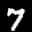
Label: 7